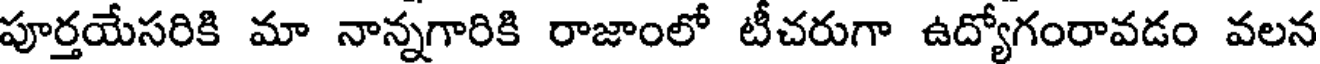
పూర్తయేసరికి మా నాన్నగారికి రాజాంలో టీచరుగా ఉద్యోగంరావడం వలన